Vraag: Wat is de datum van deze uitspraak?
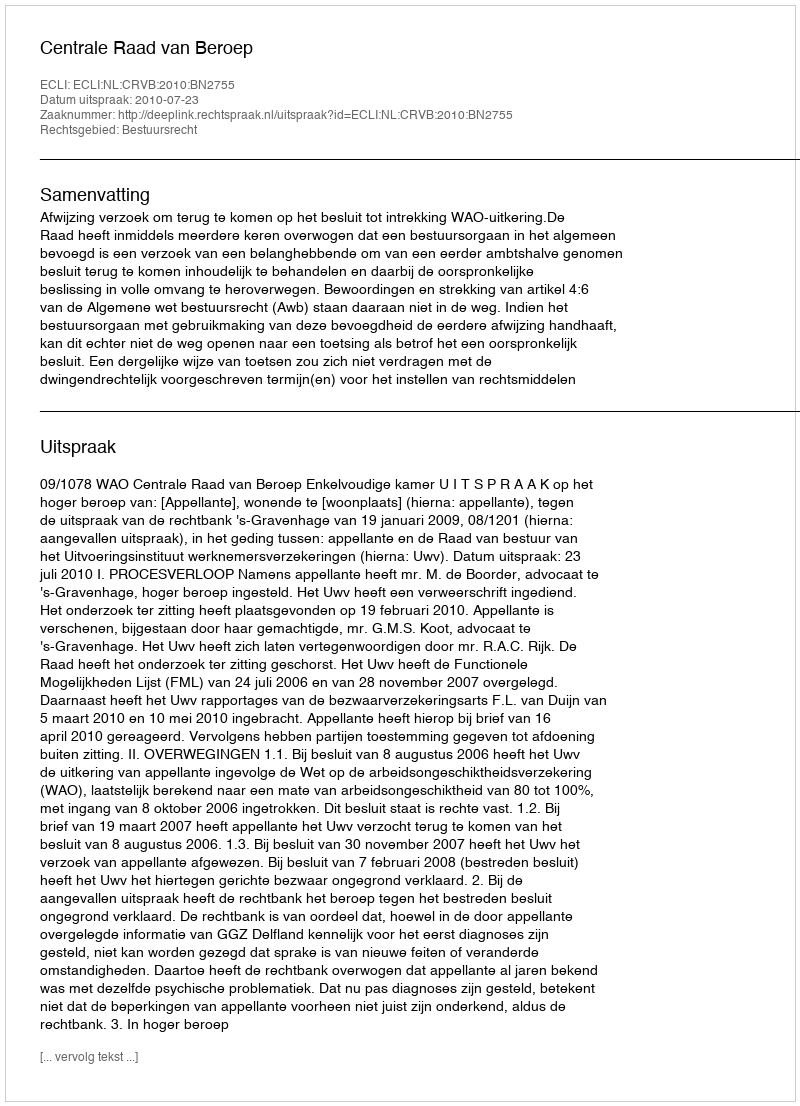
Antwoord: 2010-07-23